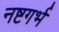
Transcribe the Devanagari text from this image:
नष्टगर्भ